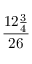
\frac { 1 2 { \frac { 3 } { 4 } } } { 2 6 }